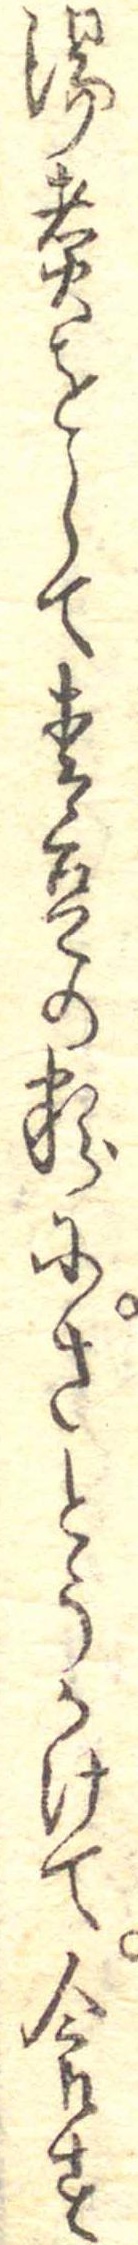
湯煮をして青豆の粉にさとうかけて食す